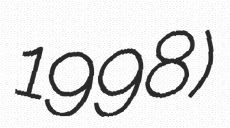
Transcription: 1998)